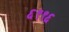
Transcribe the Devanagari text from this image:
६९९६